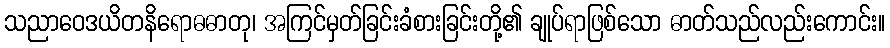
သညာဝေဒယိတနိရောဓဓာတု၊ အကြင်မှတ်ခြင်းခံစားခြင်းတို့၏ ချုပ်ရာဖြစ်သော ဓာတ်သည်လည်းကောင်း။